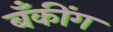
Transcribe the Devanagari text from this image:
बॅँकींग